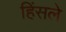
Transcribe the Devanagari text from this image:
हिंसले